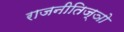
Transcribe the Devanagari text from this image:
राजनीतिज्ञो